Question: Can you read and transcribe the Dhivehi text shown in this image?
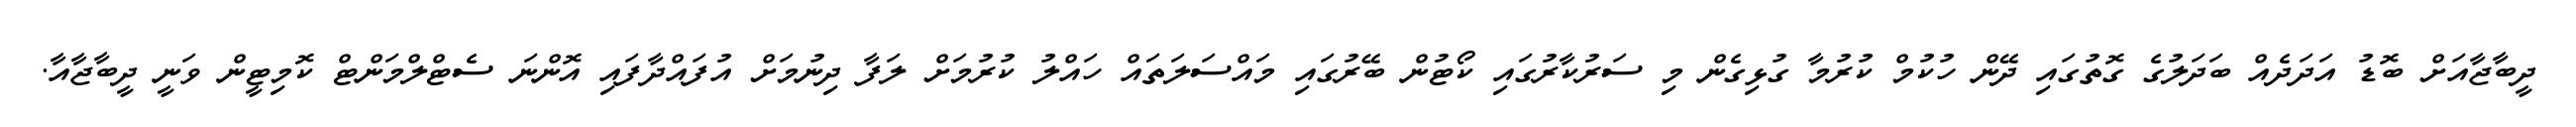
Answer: ދީބާޖާއަށް ބޮޑު އަދަދެއް ބަދަލުގެ ގޮތުގައި ދޭން ހުކުމް ކުރުމާ ގުޅިގެން މި ސަރުކާރުގައި ކޯޓުން ބޭރުގައި މައްސަލަތައް ހައްލު ކުރުމަށް ލަފާ ދިނުމަށް އުފައްދާފައި އޮންނަ ސެޓްލްމަންޓް ކޮމިޓީން ވަނީ ދީބާޖާއާ.